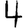
Digit: 4